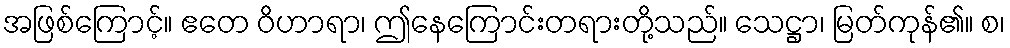
အဖြစ်ကြောင့်။ ဧတေ ဝိဟာရာ၊ ဤနေကြောင်းတရားတို့သည်။ သေဋ္ဌာ၊ မြတ်ကုန်၏။ စ၊